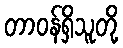
တာဝန်ရှိသူတို့